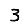
Digit: 3